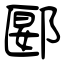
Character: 郾